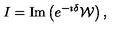
I = \mathrm { I m } \left( e ^ { - \imath \delta } { \cal W } \right) ,